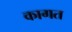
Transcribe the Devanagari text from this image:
कागत